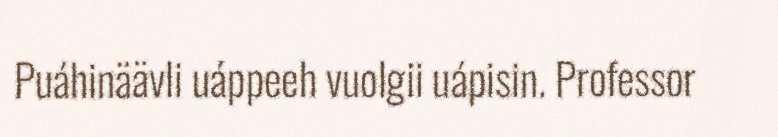
Puáhinäävli uáppeeh vuolgii uápisin. Professor